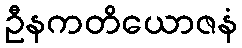
ဦနကတိယောဇနံ